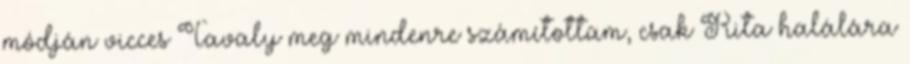
módján vicces Tavaly meg mindenre számítottam, csak Rita halálára